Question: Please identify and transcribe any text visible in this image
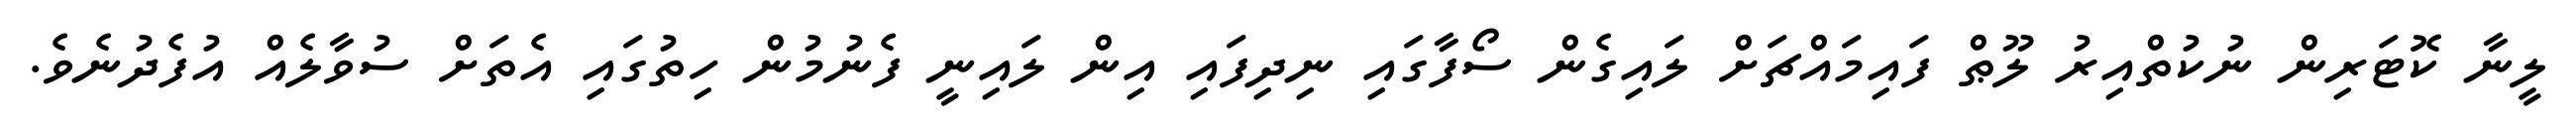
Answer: ލީނާ ކޮޓަރިން ނުކުތްއިރު ލޫޠް ފައިމައްޗަށް ލައިގެން ސޯފާގައި ނިދިފައި އިން ލައިނީ ފެނުމުން ހިތުގައި އެތަށް ސުވާލެއް އުފެދުނެވެ.